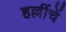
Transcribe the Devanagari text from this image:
हल्लींचें